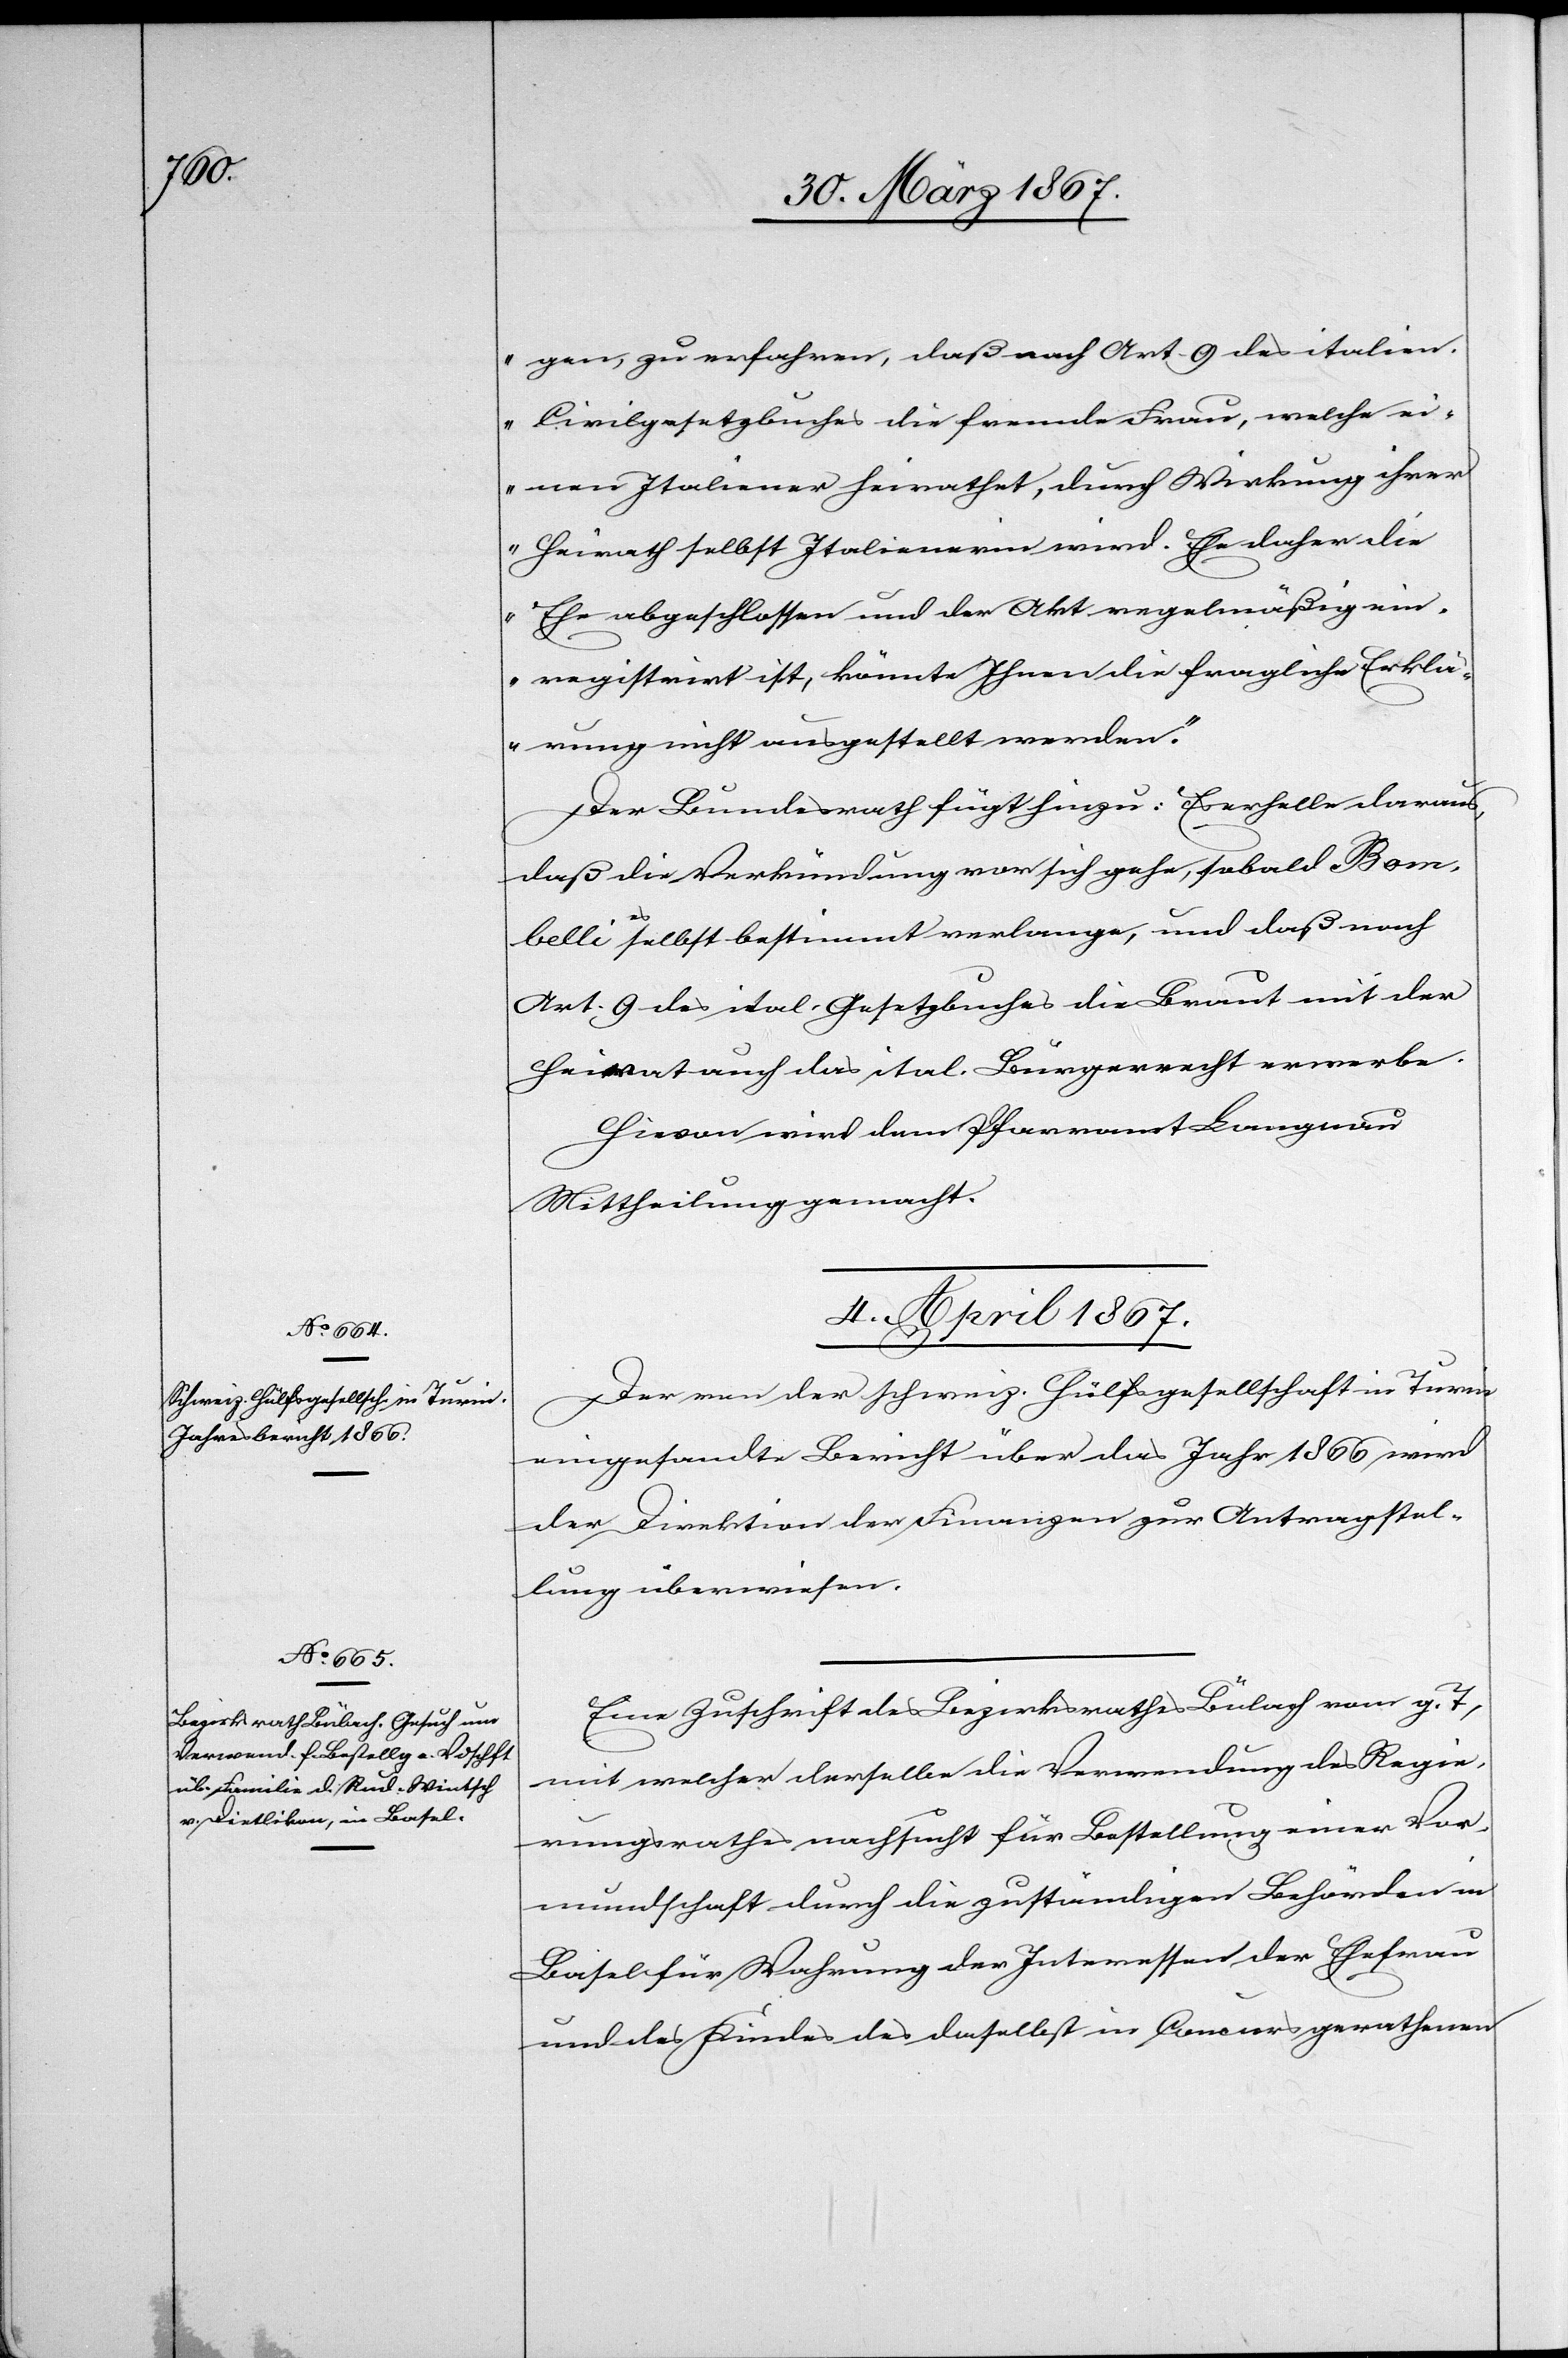
gen, zu erfahren, daß nach Art. 9 des italien.
Civilgesetzbuches die fremde Frau, welche ei¬
nen Italiener heirathet, durch Wirkung ihrer
Heirath selbst Italienerin wird. Ehe daher die
Ehe abgeschlossen und der Akt regelmäßig ein¬
registrirt ist, könnte Ihnen die fragliche Erklä¬
rung nicht ausgestellt werden.“
Der Bundesrath fügt hinzu: Es erhelle daraus,
daß die Verkündung von sich gehe, sobald Bom¬
belli es selbst bestimmt verlange, und daß nach
Art. 9 des ital. Gesetzbuches die Braut mit der
Heirat auch das ital. Bürgerrecht erwerbe.
Hievon wird dem Pfarramt Langnau
Mittheilung gemacht.
4. April 1867.]
Der von der schweiz. Hülfsgesellschaft in Turin
eingesandte Bericht über das Jahr 1866 wird
der Direktion der Finanzen zur Antragstel¬
lung überwiesen.
Eine Zuschrift des Bezirksrathes Bülach vom g. T,
mit welcher derselbe die Verwendung des Regie¬
rungsrathes nachsucht für Bestellung einer Vor¬
mundschaft durch die zuständigen Behörden in
Basel für Wahrung der Interessen der Ehefrau
und des Kindes des daselbst in Concurs gerathenen